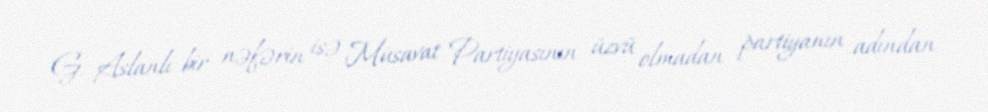
G. Aslanlı bir nəfərin isə Müsavat Partiyasının üzvü olmadan partiyanın adından